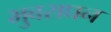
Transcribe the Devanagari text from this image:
भुवराघन